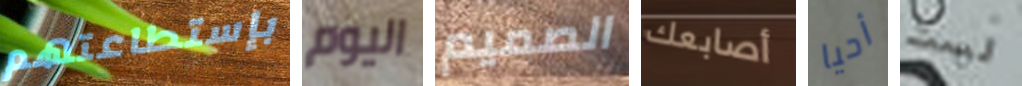
بإستطاعتهم اليوم الصميم أصابعك أحيا لست